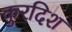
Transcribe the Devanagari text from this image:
कुरदिश